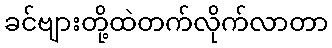
ခင်ဗျားတို့ထဲတက်လိုက်လာတာ